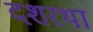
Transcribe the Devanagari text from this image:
दशरथा